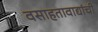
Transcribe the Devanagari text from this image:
वसाहतावाद्यांची